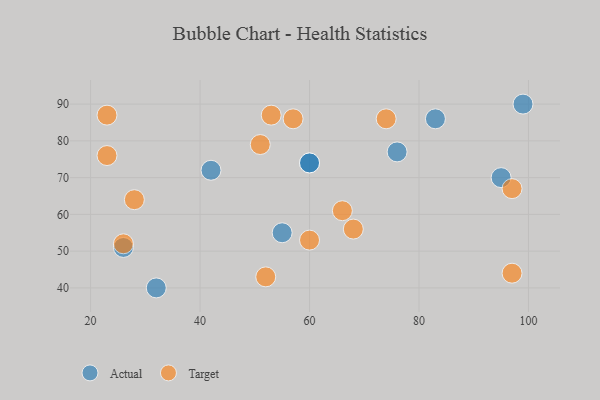
{"axis": {"x": "GDP", "y": "Life Expectancy"}, "legend": ["Actual", "Target"], "data": [{"x": "42", "y": 72, "type": "Actual"}, {"x": "32", "y": 40, "type": "Actual"}, {"x": "76", "y": 77, "type": "Actual"}, {"x": "55", "y": 55, "type": "Actual"}, {"x": "99", "y": 90, "type": "Actual"}, {"x": "60", "y": 74, "type": "Actual"}, {"x": "83", "y": 86, "type": "Actual"}, {"x": "26", "y": 51, "type": "Actual"}, {"x": "95", "y": 70, "type": "Actual"}, {"x": "60", "y": 74, "type": "Actual"}, {"x": "97", "y": 67, "type": "Target"}, {"x": "52", "y": 43, "type": "Target"}, {"x": "74", "y": 86, "type": "Target"}, {"x": "66", "y": 61, "type": "Target"}, {"x": "57", "y": 86, "type": "Target"}, {"x": "97", "y": 44, "type": "Target"}, {"x": "23", "y": 87, "type": "Target"}, {"x": "51", "y": 79, "type": "Target"}, {"x": "60", "y": 53, "type": "Target"}, {"x": "68", "y": 56, "type": "Target"}, {"x": "26", "y": 52, "type": "Target"}, {"x": "53", "y": 87, "type": "Target"}, {"x": "28", "y": 64, "type": "Target"}, {"x": "23", "y": 76, "type": "Target"}]}